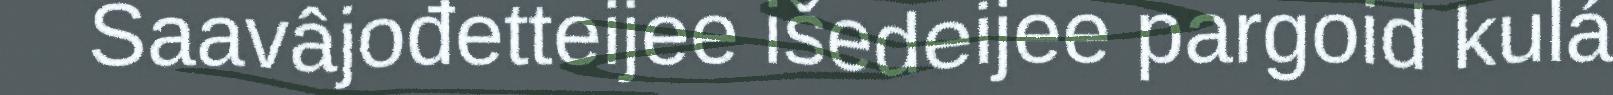
Saavâjođetteijee išedeijee pargoid kulá